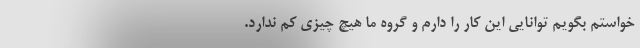
خواستم بگویم توانایی این کار را دارم و گروه ما هیچ چیزی کم ندارد.